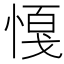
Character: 𢟟